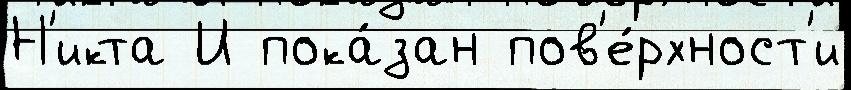
Н'икта И пока́зан пов'е́рхност'и